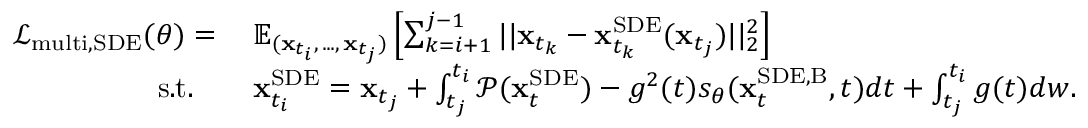
\begin{array} { r l } { \mathcal { L } _ { \mathrm { m u l t i , S D E } } ( \theta ) = \: } & { \mathbb { E } _ { ( \mathbf { x } _ { t _ { i } } , \, . . . , \, \mathbf { x } _ { t _ { j } } ) } \left[ \sum _ { k = i + 1 } ^ { j - 1 } | | \mathbf { x } _ { t _ { k } } - \mathbf { x } _ { t _ { k } } ^ { \mathrm { S D E } } ( \mathbf { x } _ { t _ { j } } ) | | _ { 2 } ^ { 2 } \right] } \\ { \mathrm { s . t . } \quad } & { \mathbf { x } _ { t _ { i } } ^ { \mathrm { S D E } } = \mathbf { x } _ { t _ { j } } + \int _ { t _ { j } } ^ { t _ { i } } \mathcal { P } ( \mathbf { x } _ { t } ^ { \mathrm { S D E } } ) - g ^ { 2 } ( t ) s _ { \theta } ( \mathbf { x } _ { t } ^ { \mathrm { S D E , B } } , t ) d t + \int _ { t _ { j } } ^ { t _ { i } } g ( t ) d w . } \end{array}